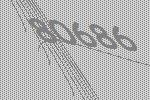
80686